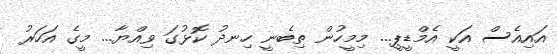
އައިއެސް އަކީ އެމްޑީޕީ... މިމީހުން ތިބެނީ ހިނދު ކޮޅުގަ ވިއްޔާ... މީގެ އަހަރު